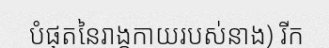
បំផុតនៃរាង្គកាយរបស់នាង) រីក